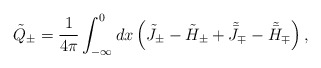
\begin{align*}\tilde{Q}_\pm = {1\over 4\pi} \int_{-\infty}^0 dx\left(\tilde{J}_\pm - \tilde{H}_\pm +\tilde{\bar{J}}_\mp -\tilde{\bar{H}}_\mp\right),\end{align*}